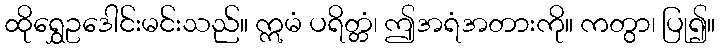
ထိုရွှေဥဒေါင်းမင်းသည်။ ဣမံ ပရိတ္တံ၊ ဤအရံအတားကို။ ကတွာ၊ ပြု၍။